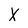
Character: X